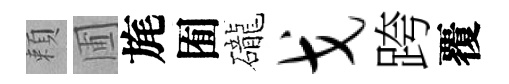
頼圃旄囿礲戈跨覆